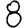
Digit: 8